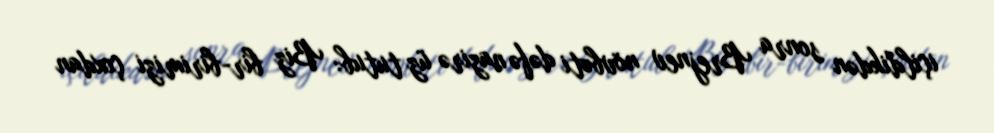
içildikdən sonra Brejnev növbəti dəfə nazirə üz tutub: Biz bir-birimizi çoxdan